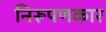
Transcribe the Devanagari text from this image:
निरूपणकार